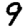
Digit: 9